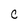
Character: C